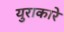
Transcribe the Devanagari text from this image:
युराकारे